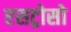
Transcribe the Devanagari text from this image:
एसट्रोसो